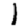
Digit: 1